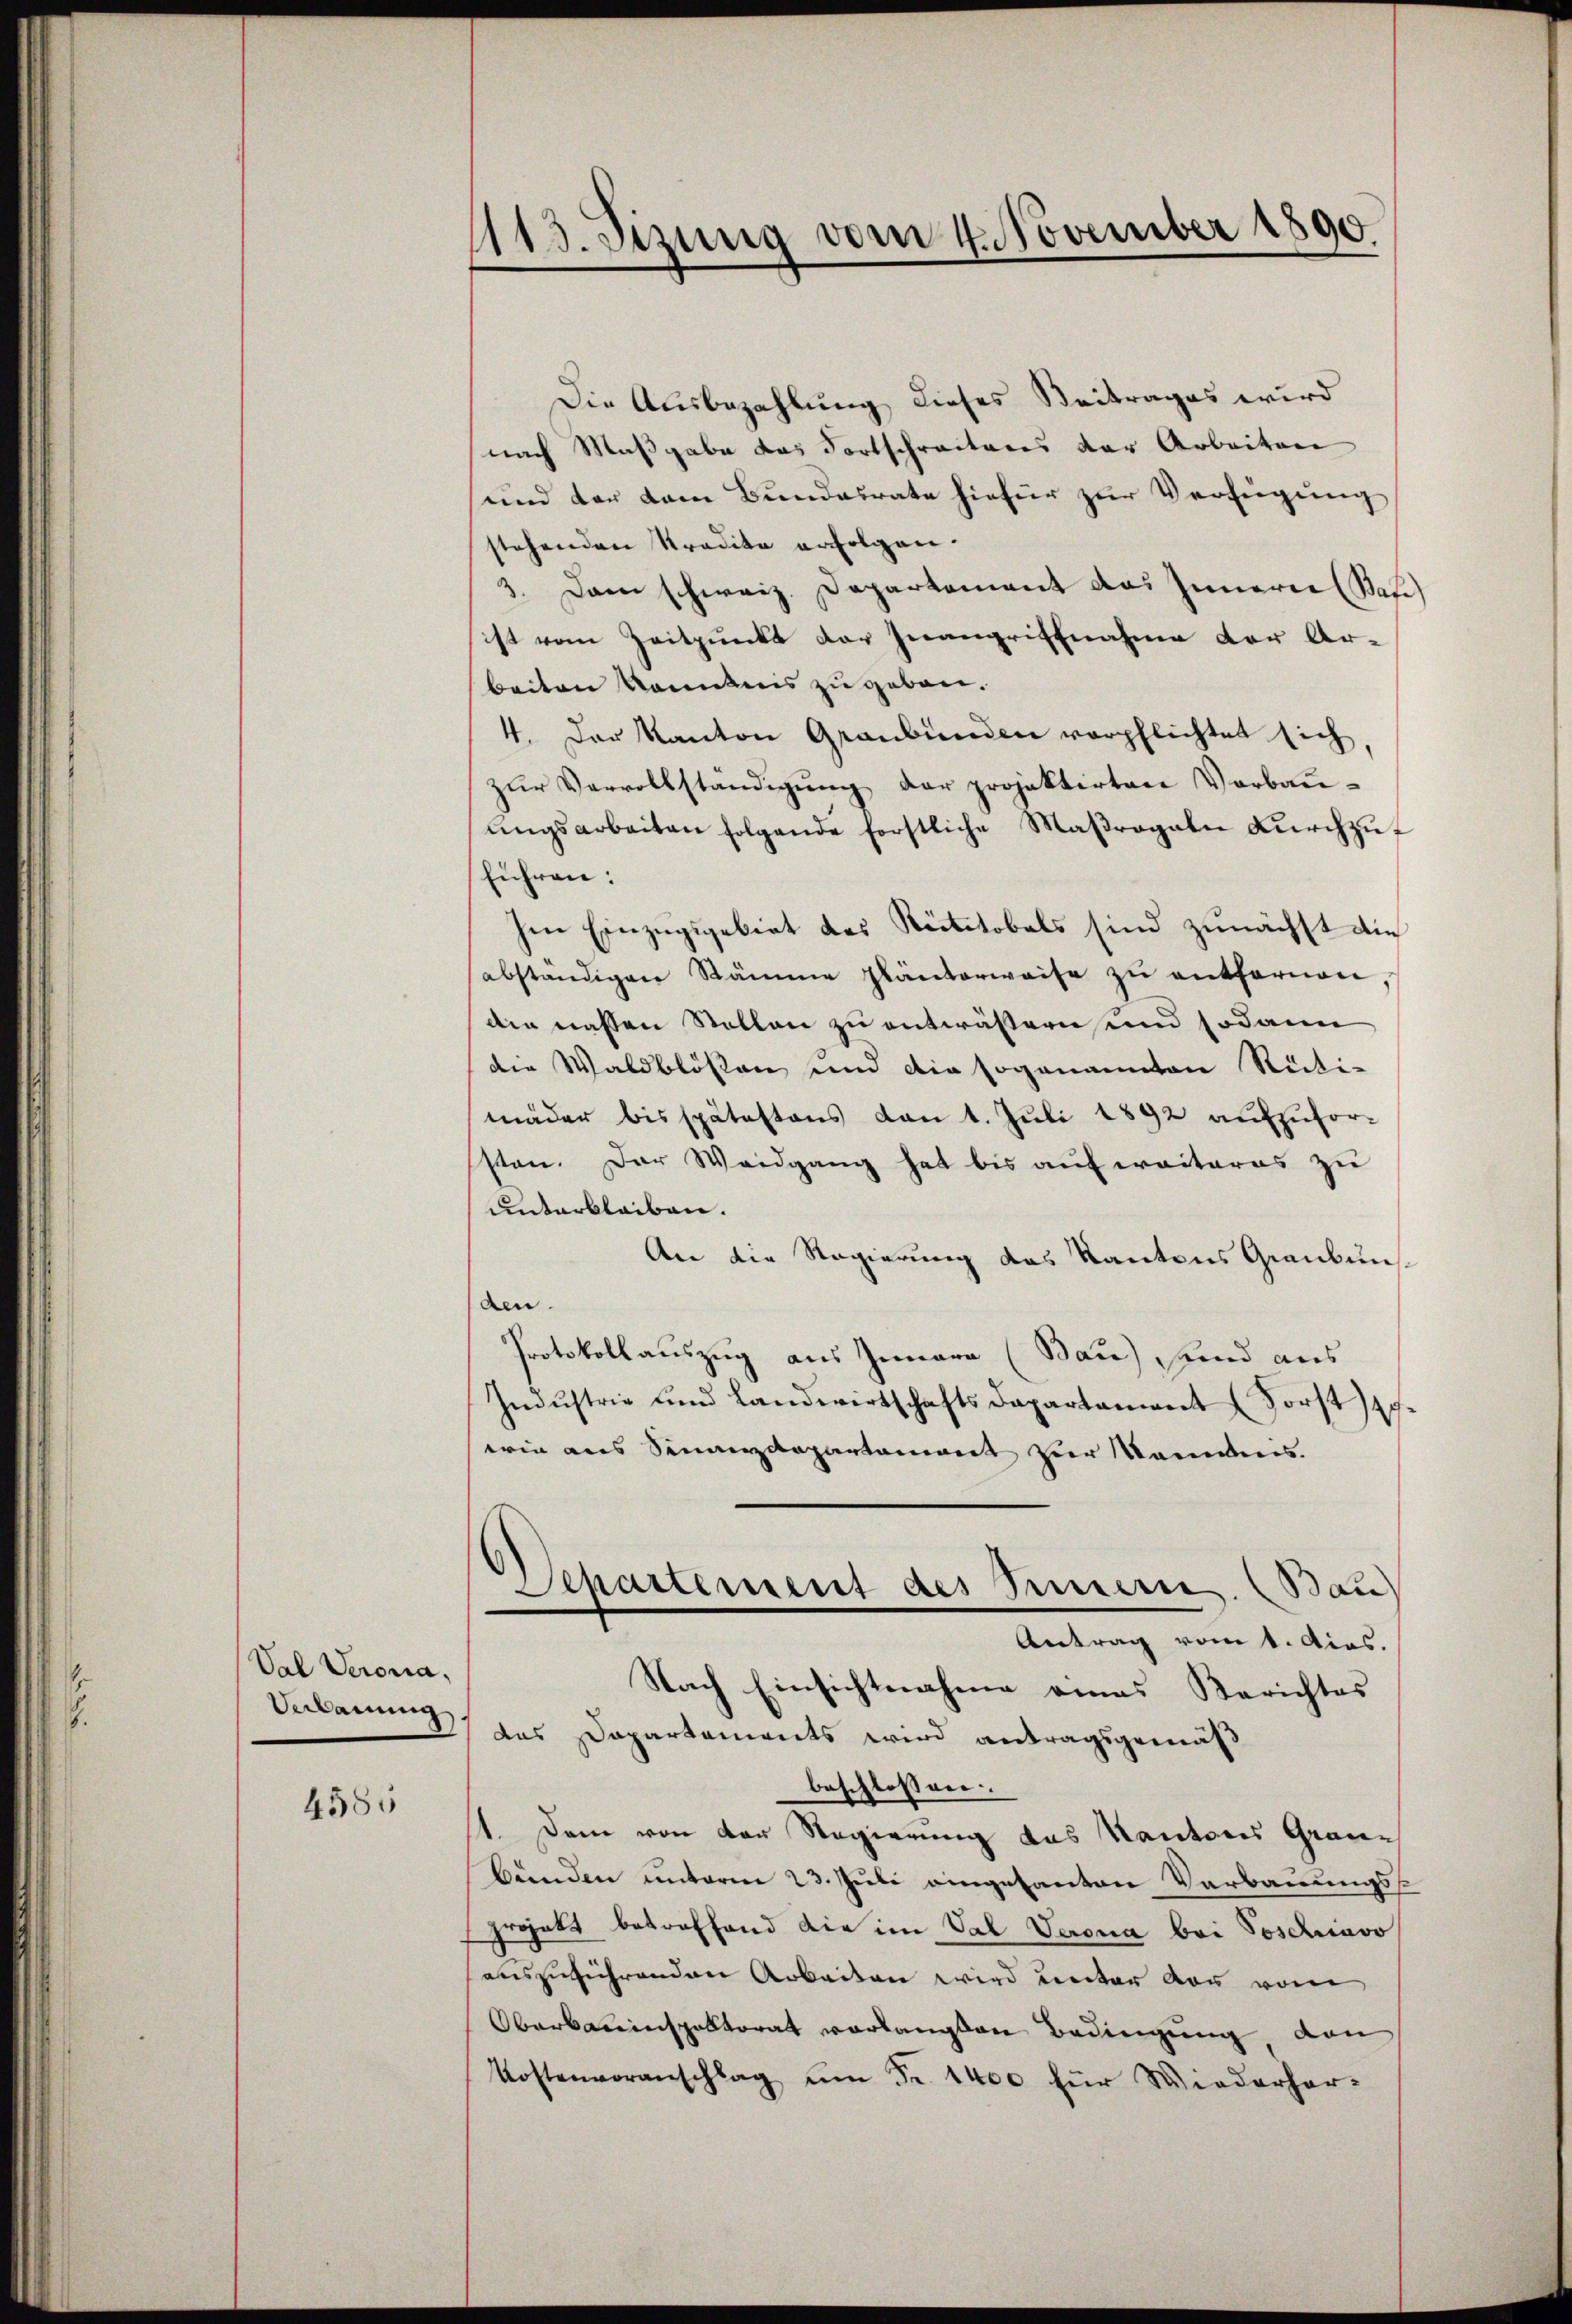
.

Val Veronia,
Ardauung.

4585

1
id. Sizung vom 4. November 1890

Die Ausbezahlung dieses Beitrages wird
nach Maßgabe das Fortschreitens der Arbeiten
und der kam Bundesrate hiefür zur Verfügung
stehenden Tradita erfolgen.
3. Dann schweiz. Departement das Innern (Bafe
ist vom Zeitpunkt der Inangriffnahme der Ar-
beiten kanntnis zu geben.
4. Der Kanton Graubünden verpflichtet sich,
zŭr Vervollständigŭng der projektirten Verbaŭ-
ŭngsarbeiten folgende forstliche Maβragaln Dŭrchzŭf
führen:
hen Einzugsgebiet des Rüttobels sind zunächst die
abständigen Rämme planterweise zŭ entfernen,
die naßen Stollen zu entwässern und sodann
die Waldblösten und die sogenannten Rüti-
mäder bis spätestens den 1. Juli 1892 aufzuforsten. Der Weidgang hat bis auf weiteres zu
unterbleiben.
An die Regierung des Kantons Graubuns
den.
Protokollauszug aus Innern (Bau), sind aus
Indŭstrie und Landwirtschafts Departament Forstg
wie aus Sinanzdepartament zur Kammen.
Departement des Innern. Bau
Antrag vom 1. dies.
Nach Einsichtnahme amas Berichtes
das Dapartements wird antragsgemäß
beschlossen:
1. Dem von der Regierung des Kantons Grau¬
Bunden unterm 23. Juli eingesanten Verbauungsprojekt betreffend die im Val Verona bei Poschiavo
auszuführenden Arbeiten wird weiter vor vom
Oberbauinspaltorat verlangten Bedingung von
Kostenvoranschlag ŭm Fr. 1400 für Wiederhor-